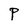
Character: P